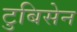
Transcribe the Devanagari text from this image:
टुबिसेन